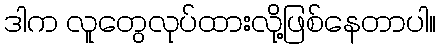
ဒါက လူတွေလုပ်ထားလို့ဖြစ်နေတာပါ။